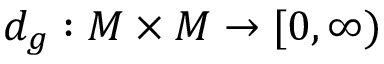
d _ { g } : M \times M \to [ 0 , \infty )